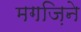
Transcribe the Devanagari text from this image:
मगज़िने